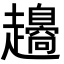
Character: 𧾫